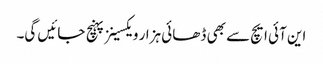
این آئی ایچ سے بھی ڈھائی ہزار ویکسینز پہنچ جائیں گی۔